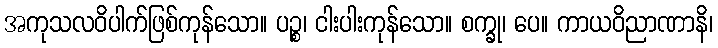
အကုသလဝိပါက်ဖြစ်ကုန်သော။ ပဉ္စ၊ ငါးပါးကုန်သော။ စက္ခု၊ ပေ။ ကာယဝိညာဏာနိ၊